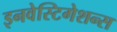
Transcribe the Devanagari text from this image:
इनवेस्टिगेशन्स